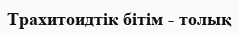
Трахитоидтік бітім - толық